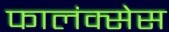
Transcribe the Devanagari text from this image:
फालंक्सेस